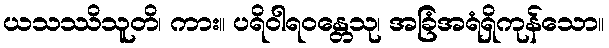
ယသဿိသူတိ၊ ကား။ ပရိဝါရဝန္တေသု၊ အခြံအရံရှိကုန်သော။